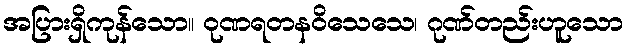
အပြားရှိကုန်သော။ ဝုဏရတနဝိသေသေ၊ ဂုဏ်တည်းဟူသော